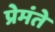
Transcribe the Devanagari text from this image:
प्रेमंते